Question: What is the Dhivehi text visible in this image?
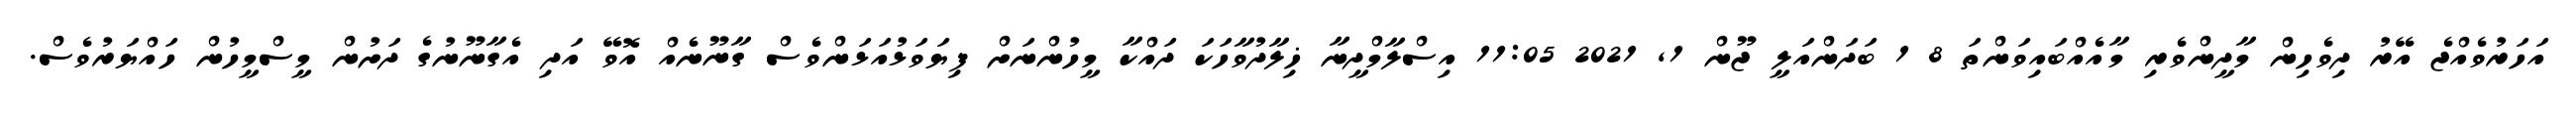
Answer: އަހަރުވެއްޖެ އޭރު ދިވެހިން މާދީންވެރި މާއެއްބައިވަންތަ 8 1 ބަދަންއަލީ ޖޫން 1, 2021 11:05 އިސްލާމްދީނާ ޚިލާދުވާހަކަ ދައްކާ މީހުންނަށް ފިޔަވަޅުއަޅަންވެސް ގާނޫނެއް އޮވޭ އަދި އެގާނޫނުގެ ދަށުން މީސްމީހުން ހައްޔަރުވެސް.